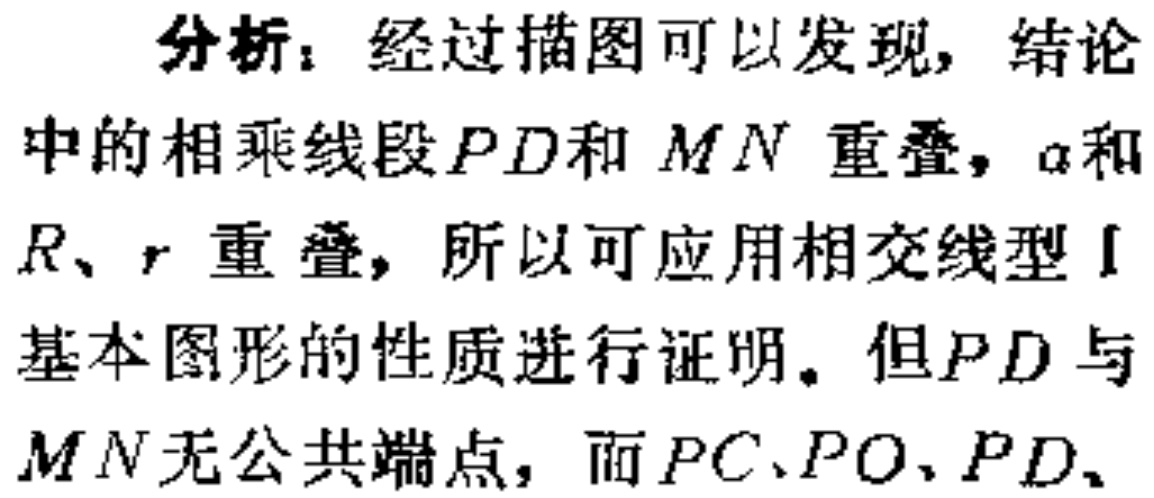
分析：经过描图可以发现，结论
中的相乘线段\(PD\)和\(MN\) 重叠，\(a\)和
\(R、r\) 重叠，所以可应用相交线型Ⅰ
基本图形的性质进行证明。但\(PD\)与
\(MN\)无公共端点，而\(PC、PO、PD、\)